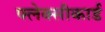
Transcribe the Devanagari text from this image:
फ्लेक्सीकार्ड